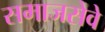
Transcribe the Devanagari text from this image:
समाजसेवे